Vital statistics of India. Vol. IV, Annual returns from 1871 to 1876. British Army of India, Native Army and jails of Bengal
Year: 1871
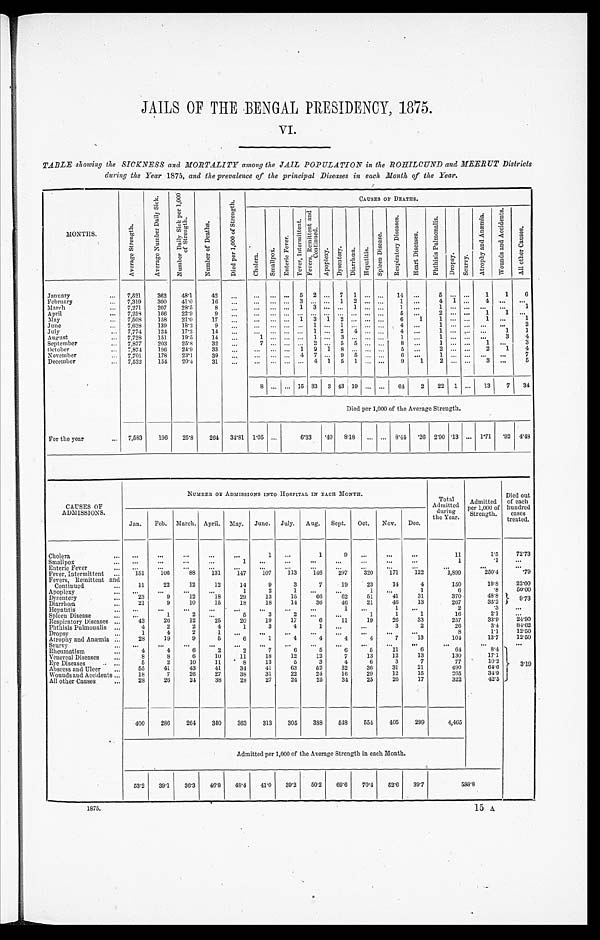
JAILS OF THE BENGAL PRESIDENCY, 1875.
VI.
TABLE showing the SICKNESS and MORTALITY among the JAIL POPULATION in the ROHILCUND and MEERUT Districts
during the Year 1875, and the prevalence of the principal Diseases in each Month of the Year.
MONTHS.
A v e r a g e S t r e n g t h .
A v e r a g e N u m b e r D a i l y S i c k .
N u m b e r D a i l y S i c k p e r 1 , 0 0 0 o f S t r e n g t h .
N u m b e r o f D e a t h s .
D i e d p e r 1 , 0 0 0 o f S t r e n g t h .
CAUSES OF DEATHS.
C h o l e r a .
S m a l l p o x .
E n t e r i c F e v e r .
F e v e r , I n t e r m i t t e n t .
F e v e r , R e m i t t e n t a n d C o n t i n u e d .
A p o p l e x y . D y s e n t e r y . D i a r r h œ a . H e p a t i t i s . S p l e e n D i s e a s e s .
R e s p i r a t o r y D i s e a s e s .
H e a r t D i s e a s e s .
P h t h i s i s p u l m o n a l i s .
D r o p s y . S c u r v y .
A t r o p h y a n d A n æ m i a .
W o u n d s a n d A c c i d e n t s .
A l l o t h e r c a u s e s .
January
... 7,521
362
48.1
42
...
. . .
. . . . . . 5 2 ... 7 1 ... ...
14 ...
5
. . . . . .
1
1
6
February
... 7,319
300
41.0
16
. . . ... ... ...
3
. . . . . .
1 2 . . .
. . . 1 ...
4 1 ...
4
. . .
. . .
March
. . . 7,271
207
28.5
8
...
...
... ... 1 3
. . .
. . . 1
. . .
. . .
1
. . .
1
. . . . . .
. . .
. . . 1
April
... 7,258
166
22.9
9 ...
... ... ...
. . . . . . . . . ... ... ... ...
5 ...
2
. . . . . . 1
1 ...
M a y
. . . 7,508
158
21.0
17
. . .
. . .
. . . . . . 1 3 1 2 ... ... ...
6
1
1
. . . . . . 1
. . .
1
June
. . . 7,628
139
18.2
9
...
... ... ... ... 1
. . . 1
. . . . . .
. . . 4
. . . 1
. . . . . .
. . .
. . .
2
July
... 7,774
134
17.2
14
...
... ... ... ... 1
. . . 2 4
. . .
. . . 4 ...
1
. . . . . .
. . .
1
1
August
. . . 7,728
151
19.5
14
...
1
. . . . . . . . . 1
. . . 3
. . . . . .
. . . 1 ...
1
. . . . . .
. . .
3
4
September
... 7,877
203
25.8
32
...
7
. . . . . . . . . 2
. . . 5 5
. . .
. . . 8 ...
1
. . . . . . 1 ...
3
October
... 7,874
196
24.9
33
...
... ... ... 1 9 1 8 ... ... ...
5 ...
2
. . . . . . 2
1
4
November
. . . 7,701
178
23.1
39
...
. . . ... ... 4 7 ... 9 5 ... ...
6
. . .
1
. . . . . .
. . .
. . . 7
December
... 7,532
154 20.4
31
...
... ... ... ... 4 1 5 1 ... ...
9
1
2
. . . . . .
3
. . .
5
8 ... ... 15 33 3 43 19 ... ...
64
2
22
1 ...
1 3
7
3 4
Died per 1,000 of the Average Strength.
For the year
... 7,583
196
25.8
264 34.81 1.05 ...
6.33
.40 8.18 ... ... 8.44 .26 2.90
. 1 3 ... 1.71 .92 4.48
CAUSES OF
ADMISSIONS.
NUMBER OF ADMISSIONS INTO HOSPITAL IN EACH MONTH.
Total
Admitted
during
the Year.
Admitted
Per 1,000of
Strength.
Died out
of each
hundred
cases
treated.
Jan.
Feb. March. April. May. June. July. Aug. Sept. Oct. Nov. Dec.
Cholera
...
...
...
...
...
...
1
...
1
9
. . .
...
...
1 1
1.5
72.73
Smallpox
...
. . .
...
...
. . .
1
...
...
...
...
...
...
. . .
1
.1
...
Enteric Fever
. . .
. . .
...
...
...
...
...
...
...
...
...
...
...
...
. . .
...
Fever, Intermittent ...
151
106
88
131
147
107
113
146
297
320
171
122
1,899
250.4
.79
Fevers, Remittent and C o n t i n u e d . . .
11
22
12
12
14
9
3
7
19
23
14
4
150
19.8
22. 00
Apoplexy
...
...
...
...
...
1
2
1
...
...
1
...
1
6
.8
50. 00
Dysentery
. . .
23
9
12
18
29
13
15
66
62
51
41
31
370
48.8
9. 73
Diarrhœa
...
21
9
10
15
18
18
14
36
46
21
46
13
267
35.2
Hepatitis
...
. . .
...
. . .
...
. . .
...
...
...
1
. . .
1
...
2
.3
...
Spleen Disease
. . .
. . .
1
2
. . .
5
3
2
. . .
. . .
1
1
1
16
2.1
...
Respiratory Diseases ...
43
26
12
25
20
19
17
6
1 1
19
26
33
257
33.9
24.90
Phthisis Pulmonalis ...
4
2
2
4
1
3
4
1
...
...
3
2
26
3.4
84. 62
Dropsy
. . .
1
4
2
1
. . .
...
. . .
...
. . .
. . .
. . .
...
8
1.1
12. 50
Atrophy and Anæmia ...
28
19
9
5
6
1
4
4
4
4
7
13
104
13.7
12. 50
Scurry
. . .
. . . ...
. . .
...
. . .
. . .
. . .
. . .
. . .
. . .
...
. . .
...
...
...
Rheumatism
...
4
4
6
2
2
7
6
5
6
5
11
6
64
8.4
3. 19
Venereal Diseases
...
8
8
6
10
11
18
12
12
7
13
12
13
130
17.1
Eye Diseases
.. ...
5
2
10
11
8
13
5
3
4
6
3
7
77
10.2
Abscess and Ulcer
...
55
41
43
41
34
41
63
52
32
36
31
21
490
64.6
Wounds and Accidents ...
18
7
26
27
38
31
22
24
16
29
12
15
265
34.9
All other Causes
. . .
2 8
26
24
38
28
27
24
25
34
25
26
17
322
42.5
400
280
264
340
363
313
305
388
548
554
405
299
4,465
Admitted per 1,000 of the Average Strength in each Month.
53.2 39.1
36.3 46.8 48.4 41.0 39.2 50.2 69.6
70.4 52.6 39.7
5 8 8 . 8
1875.
1 5 A